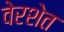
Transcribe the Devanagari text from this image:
वेरशेत